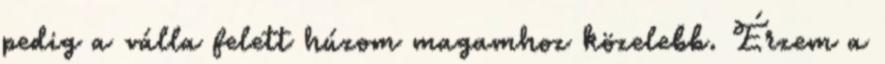
pedig a válla felett húzom magamhoz közelebb. Érzem a